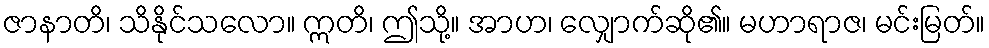
ဇာနာတိ၊ သိနိုင်သလော။ ဣတိ၊ ဤသို့။ အာဟ၊ လျှောက်ဆို၏။ မဟာရာဇ၊ မင်းမြတ်။